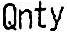
QNTY